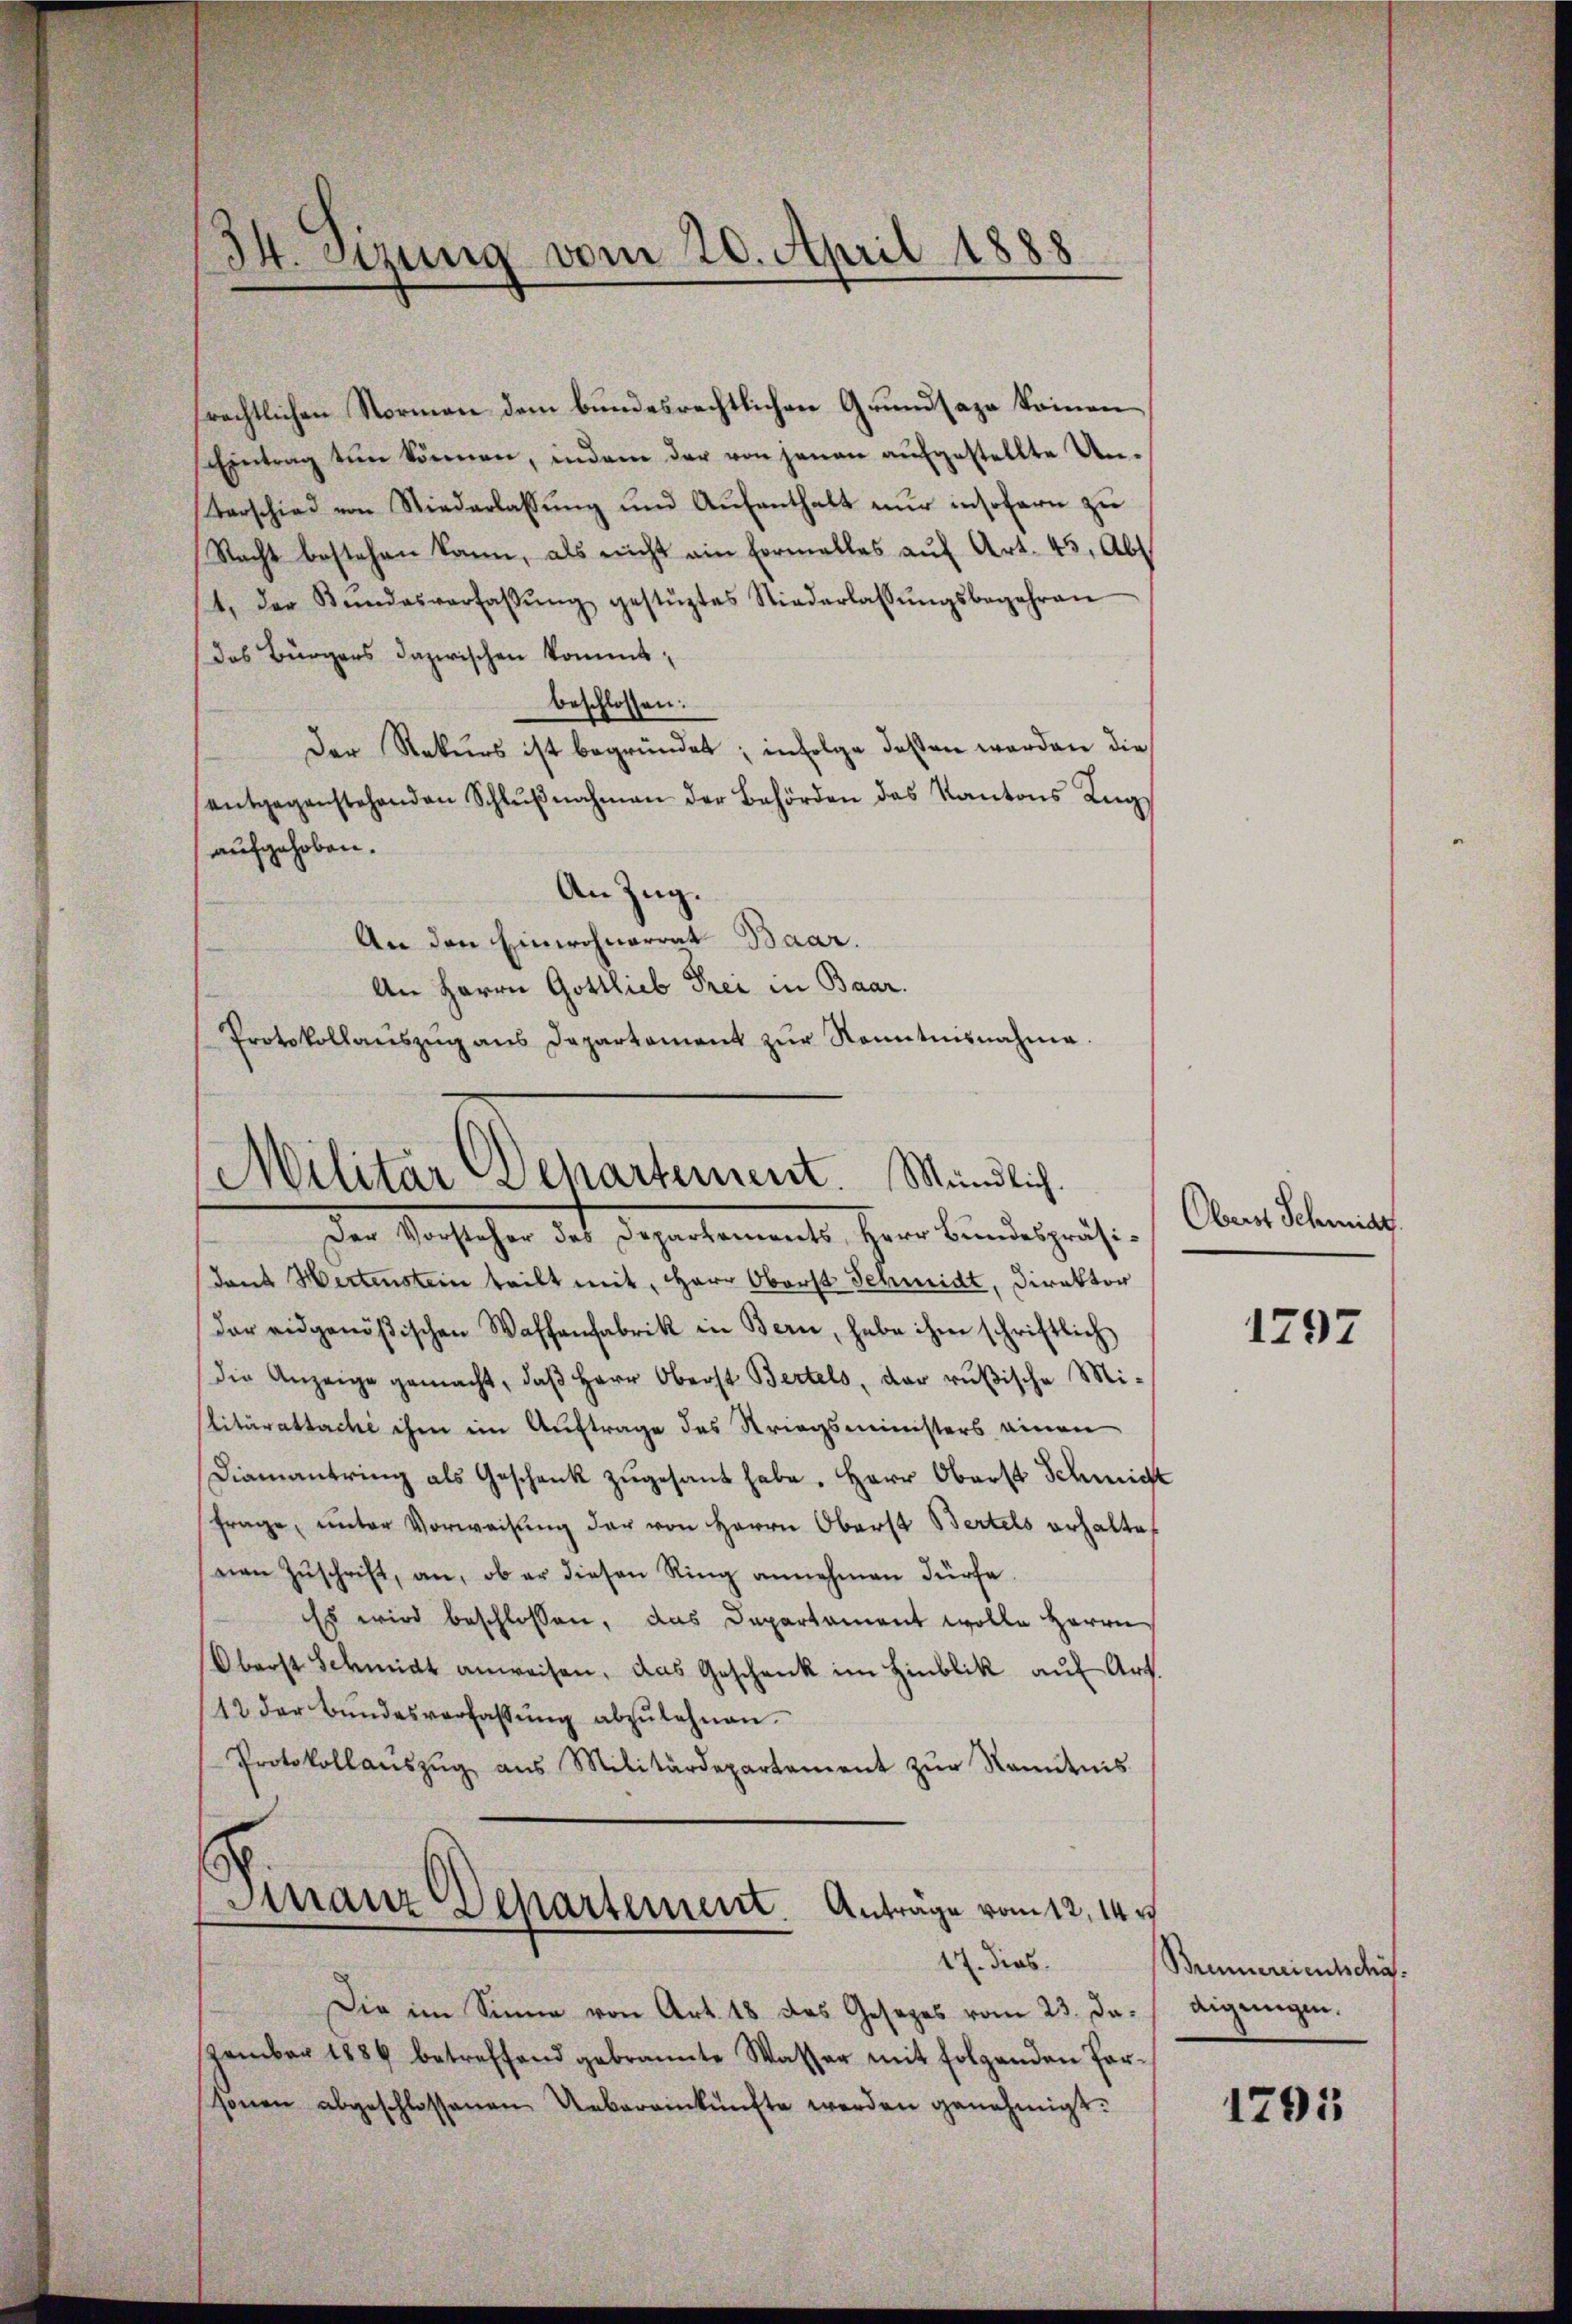
)
)
4. Setzung vom 20. April 1888

rechtlichen Normen dem bundesrechtlichen Grundsaza kommen¬
Eintrag tun können, indem der von jenen aŭfgestellte Un-
terschied von Niederlassŭng und Aŭfenthalt nur insofern zu
Nacht bestehen kann, als nicht ein Formelles auf Art. 45, Ab
Der Bundesverfassŭng gestüztes Niederlassŭngsbegehren
Das Bürgers dazwischen kommt,
beschlossen:
Der Rekurs ist begründet; infolge dessen worden die
entgegenstehenden Schlŭβnahmen der Behörden das Kantons Zug,
aufgehoben.
An Zug.
An den Einwohnerrat Baar.
An Herrn Gottlieb Frei in Baar.
Protokollanszŭg ans Departament zŭr Kenntnisnahme.

Militär Departement. Mündlich

Der Vorsteher des Departements, Herr Bundespräsidant Hertenstein teilt mit, Herr Oberst Schmidt, Direktor
der eidgenößischen Waffenfabrik in Bern, habe ihm schriftlich
die Anzeige gemacht, daß Herr Oberst Bertels, der rußische Militäratsache ihm ein Auftrage des Striegsministers einen
Diamantring als Geschenk zugesant habe. Herr Oberst Schwicht
Frage, unter Vorweisung der von Herrn Oberst Bertels erhalte
nen Zuschrift, an, ob er diesen Ring annehmen dürfe
Es wird beschlossen, das Departament wolle Herrn
Oberst Schmidt anweisen, das Geschenk im Hinblik auf Art.
12 der Bŭndesverfassŭng abzulehnen.
Protokollaŭszŭg aŭs Militärdepartement zŭr Kenntnis
Finanz Departement. Anträge vom 12. 14t
17. dies
Die im Sinne von Art. 18 das Gesezes vom 23. Ja. / eigengen.
zember 1884 betreffend gebrannte Wasser mit folgenden Par-
sonen abgeschlossenen Uebereinkünfte werden genehmigt.

Oberst Schmidt.

1797

Brennereientschä

1791